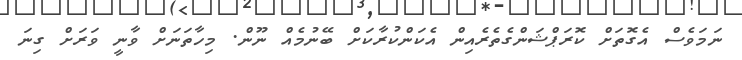
ނަމަވެސް އެގޮތަށް ކޮރަޕްޝަންގެތެރެއިން އެކަންކުރާކަށް ބޭނުމެއް ނޫން. މިހާތަނަށް ވާނީ ވަރަށް ގިނަ